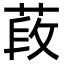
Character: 𦵍